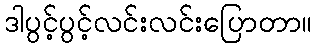
ဒါပွင့်ပွင့်လင်းလင်းပြောတာ။